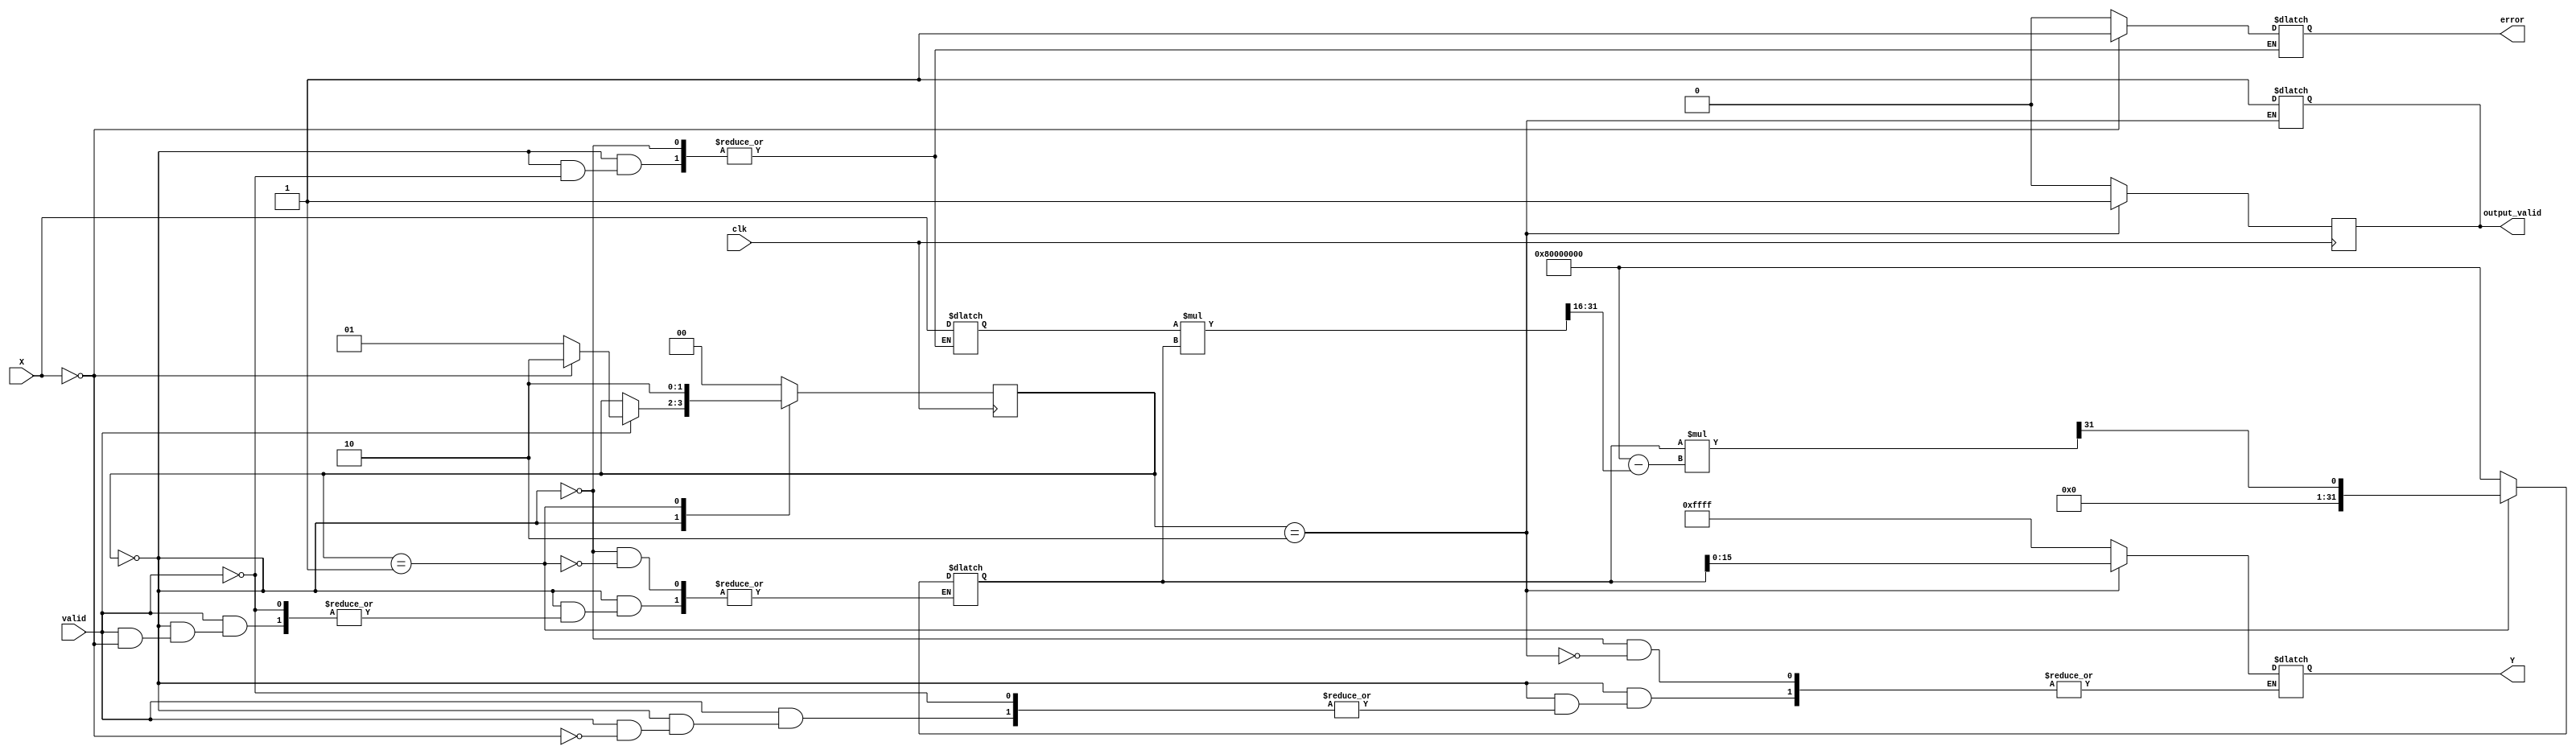
module fractional_reciprocal (
    input  wire        clk,      // Clock signal
    input  wire [15:0] X,       // Input data (fixed-point, 16 bits)
    input  wire        valid,    // Input valid signal
    output reg  [15:0] Y,        // Output reciprocal (fixed-point, 16 bits)
    output reg         output_valid, // Output valid signal
    output reg         error      // Error signal for division by zero
);

    // State definition for the calculation process
    parameter IDLE = 2'b00, 
              CALC = 2'b01,
              DONE = 2'b10;

    reg [1:0] state, next_state;
    reg [31:0] approx;       // Approximation for reciprocal calculation
    reg [15:0] temp_X;       // Temporary storage for X

    // Initialize state
    initial begin
        state = IDLE;
        output_valid = 0;
        error = 0;
    end

    // State machine for the calculation control
    always @(posedge clk) begin
        state <= next_state;
    end

    always @(*) begin
        next_state = state;
        case (state)
            IDLE: begin
                if (valid) begin
                    temp_X = X;
                    // Check for zero input
                    if (temp_X == 16'b0) begin
                        error = 1;
                        Y = 16'hFFFF; // Indicate overflow or error condition
                        next_state = DONE;
                    end else begin
                        error = 0;
                        approx = 32'h80000000; // Initial guess for 1/X (1.0 in Q32 format)
                        next_state = CALC;
                    end
                end
            end
            
            CALC: begin
                // Newton-Raphson iteration: Y(n+1) = Y(n) * (2 - X * Y(n))
                approx = approx * (32'h80000000 - (temp_X * approx >> 16)) >> 31; // Scale down
                next_state = DONE;
            end

            DONE: begin
                Y = approx[15:0]; // Output the lower 16 bits
                output_valid = 1;
                next_state = IDLE; // Return to IDLE state after processing
            end

            default: begin
                next_state = IDLE; // Handle unexpected states
            end
        endcase
    end

    // Assert valid output signal once the computation is done
    always @(posedge clk) begin
        if (state == DONE) begin
            output_valid <= 1;
        end else begin
            output_valid <= 0;
        end
    end

endmodule